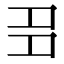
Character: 𡖈